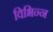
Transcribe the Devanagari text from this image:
विभिन्न